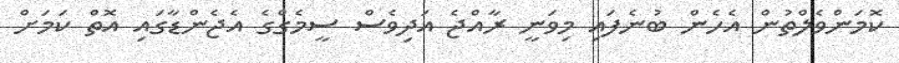
ކޮމަންވެލްތުން އެހެން ބުނެފައި މިވަނީ ރާއްޖެ އަދިވެސް ސީމެގްގެ އެޖެންޑާގައި އޮތް ކަމަށް